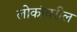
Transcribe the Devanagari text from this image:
लोकांवरील